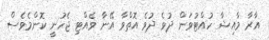
އާރާ މާއިޝާ ހުއްޓުވަން ދުވެ ދުވެ އޮތްވާ އޭނާ ވެއްޓި ޖެހުނީ ކޮންމެވެސް